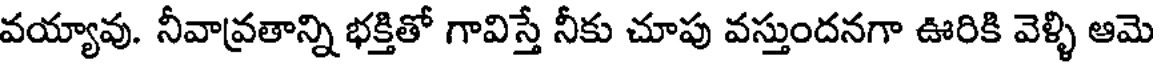
వయ్యావు. నీవావ్రతాన్ని భక్తితో గావిస్తే నీకు చూపు వస్తుందనగా ఊరికి వెళ్ళి ఆమె